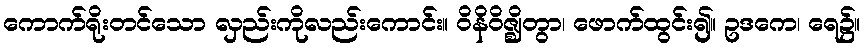
ကောက်ရိုးတင်သော လှည်းကိုလည်းကောင်း။ ဝိနိဝိဇ္ဈိတွာ၊ ဖောက်ထွင်း၍။ ဥဒကေ၊ ရေ၌။